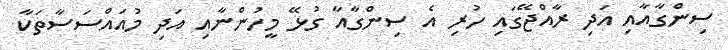
ސިންގާއާއި އަދި ރާއްޖޭގައި ހުރި އެ ސިންގާއާ ގުޅޭ މީހުންނާއި އަދި މުއައްސަސާތަކާ